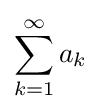
\sum _{k=1}^{\infty }a_{k}